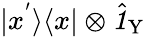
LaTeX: |x^{'}\rangle\langle x|\otimes\hat{\textbf{\textit{1}}\, }_{\! \mathrm{Y}}